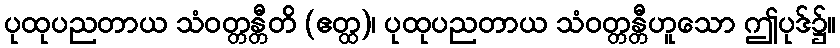
ပုထုပညတာယ သံဝတ္တန္တီတိ (ဧတ္ထ)၊ ပုထုပညတာယ သံဝတ္တန္တီဟူသော ဤပုဒ်၌။